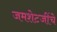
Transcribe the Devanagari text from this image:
जमशेटजींचे